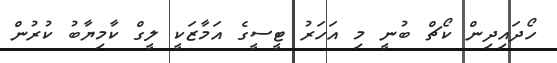
ހޯދައިދިން ކޯޗް ބުނީ މި އަހަރު ޓީސީގެ އަމާޒަކީ ލީގް ކާމިޔާބު ކުރުން